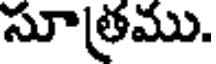
సూత్రము.